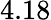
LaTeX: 4.18